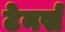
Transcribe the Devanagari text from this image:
टेनर्स